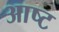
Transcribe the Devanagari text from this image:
आष्ट